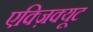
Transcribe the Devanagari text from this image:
एक्ज़िक्यूट